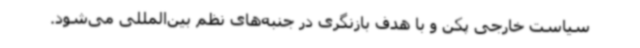
سیاست خارجی پکن و با هدف بازنگری در جنبه‌های نظم بین‌المللی می‌شود.